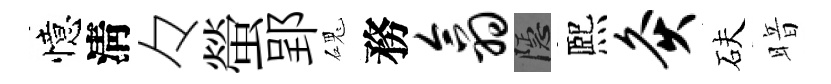
憶淸々螢郢磈務翕隱熈灸砆暗